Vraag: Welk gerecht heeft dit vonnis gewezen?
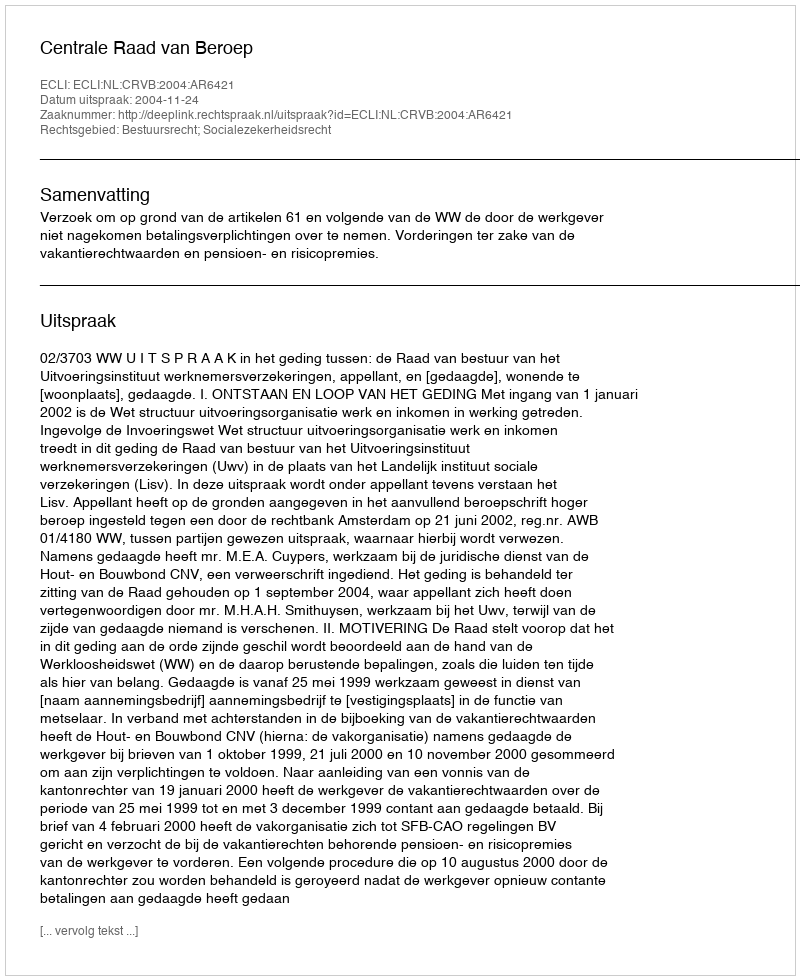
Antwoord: Centrale Raad van Beroep